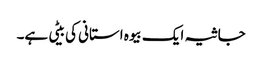
جاثیہ ایک بیوہ استانی کی بیٹی ہے۔